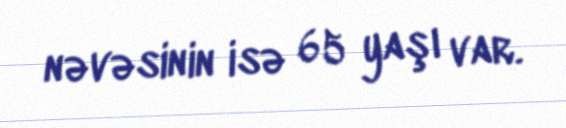
nəvəsinin isə 65 yaşı var.